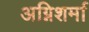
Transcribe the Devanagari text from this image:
अग्निशर्मा